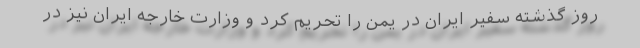
روز گذشته سفیر ایران در یمن را تحریم کرد و وزارت خارجه ایران نیز در